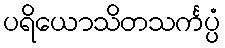
ပရိယောသိတသင်္ကပ္ပံ